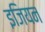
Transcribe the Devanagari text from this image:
इजियन